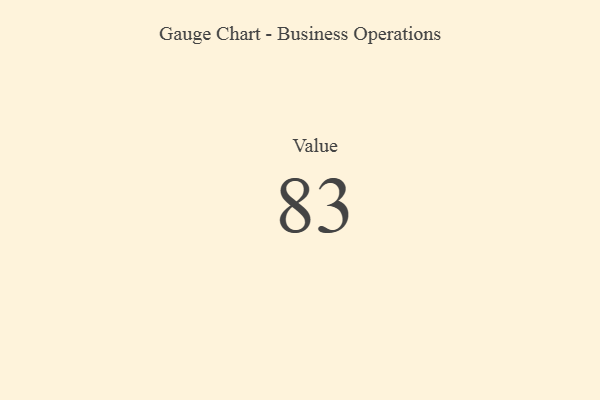
{"axis": {"x": "Metric", "y": "Value"}, "legend": [""], "data": [{"x": "Value", "y": 83, "type": ""}]}